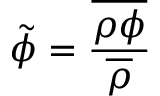
{ \tilde { \phi } } = { \frac { \overline { { \rho \phi } } } { \overline { { \rho } } } }